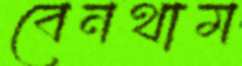
বেনথাম